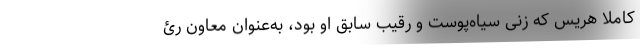
کاملا هریس که زنی سیاه‌پوست و رقیب سابق او بود، به‌عنوان معاون رئ